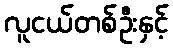
လူငယ်တစ်ဦးနှင့်